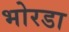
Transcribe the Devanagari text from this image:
भोरडा